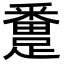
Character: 𨅴